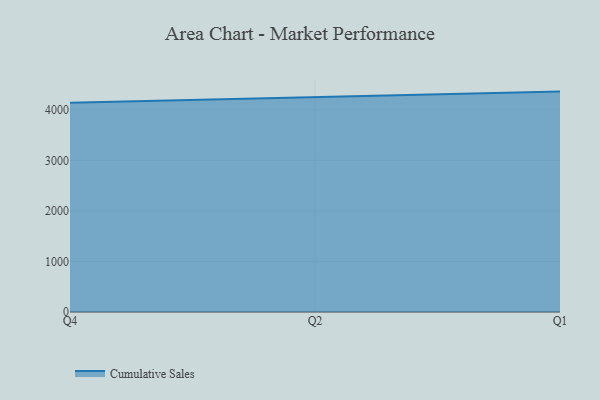
{"axis": {"x": "Quarter", "y": "Shipments"}, "legend": ["Cumulative Sales"], "data": [{"x": "Q4", "y": 4141.2, "type": "Cumulative Sales"}, {"x": "Q2", "y": 4246.2, "type": "Cumulative Sales"}, {"x": "Q1", "y": 4360.0, "type": "Cumulative Sales"}]}